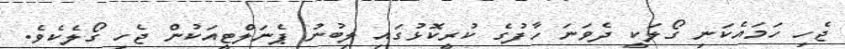
ޖެހި ހަމައެކަނި ގޯލަކީ ދެވަނަ ހާފުގެ ކުރީކޮޅުގައި ލިބުނު ޕެނަލްޓީއަކުން ޖެހި ގޯލެކެވެ.